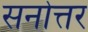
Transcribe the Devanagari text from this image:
सनोत्तर